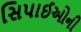
સિપાઈઓની